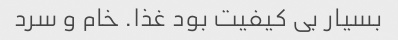
بسیار بى کیفیت بود غذا. خام و سرد